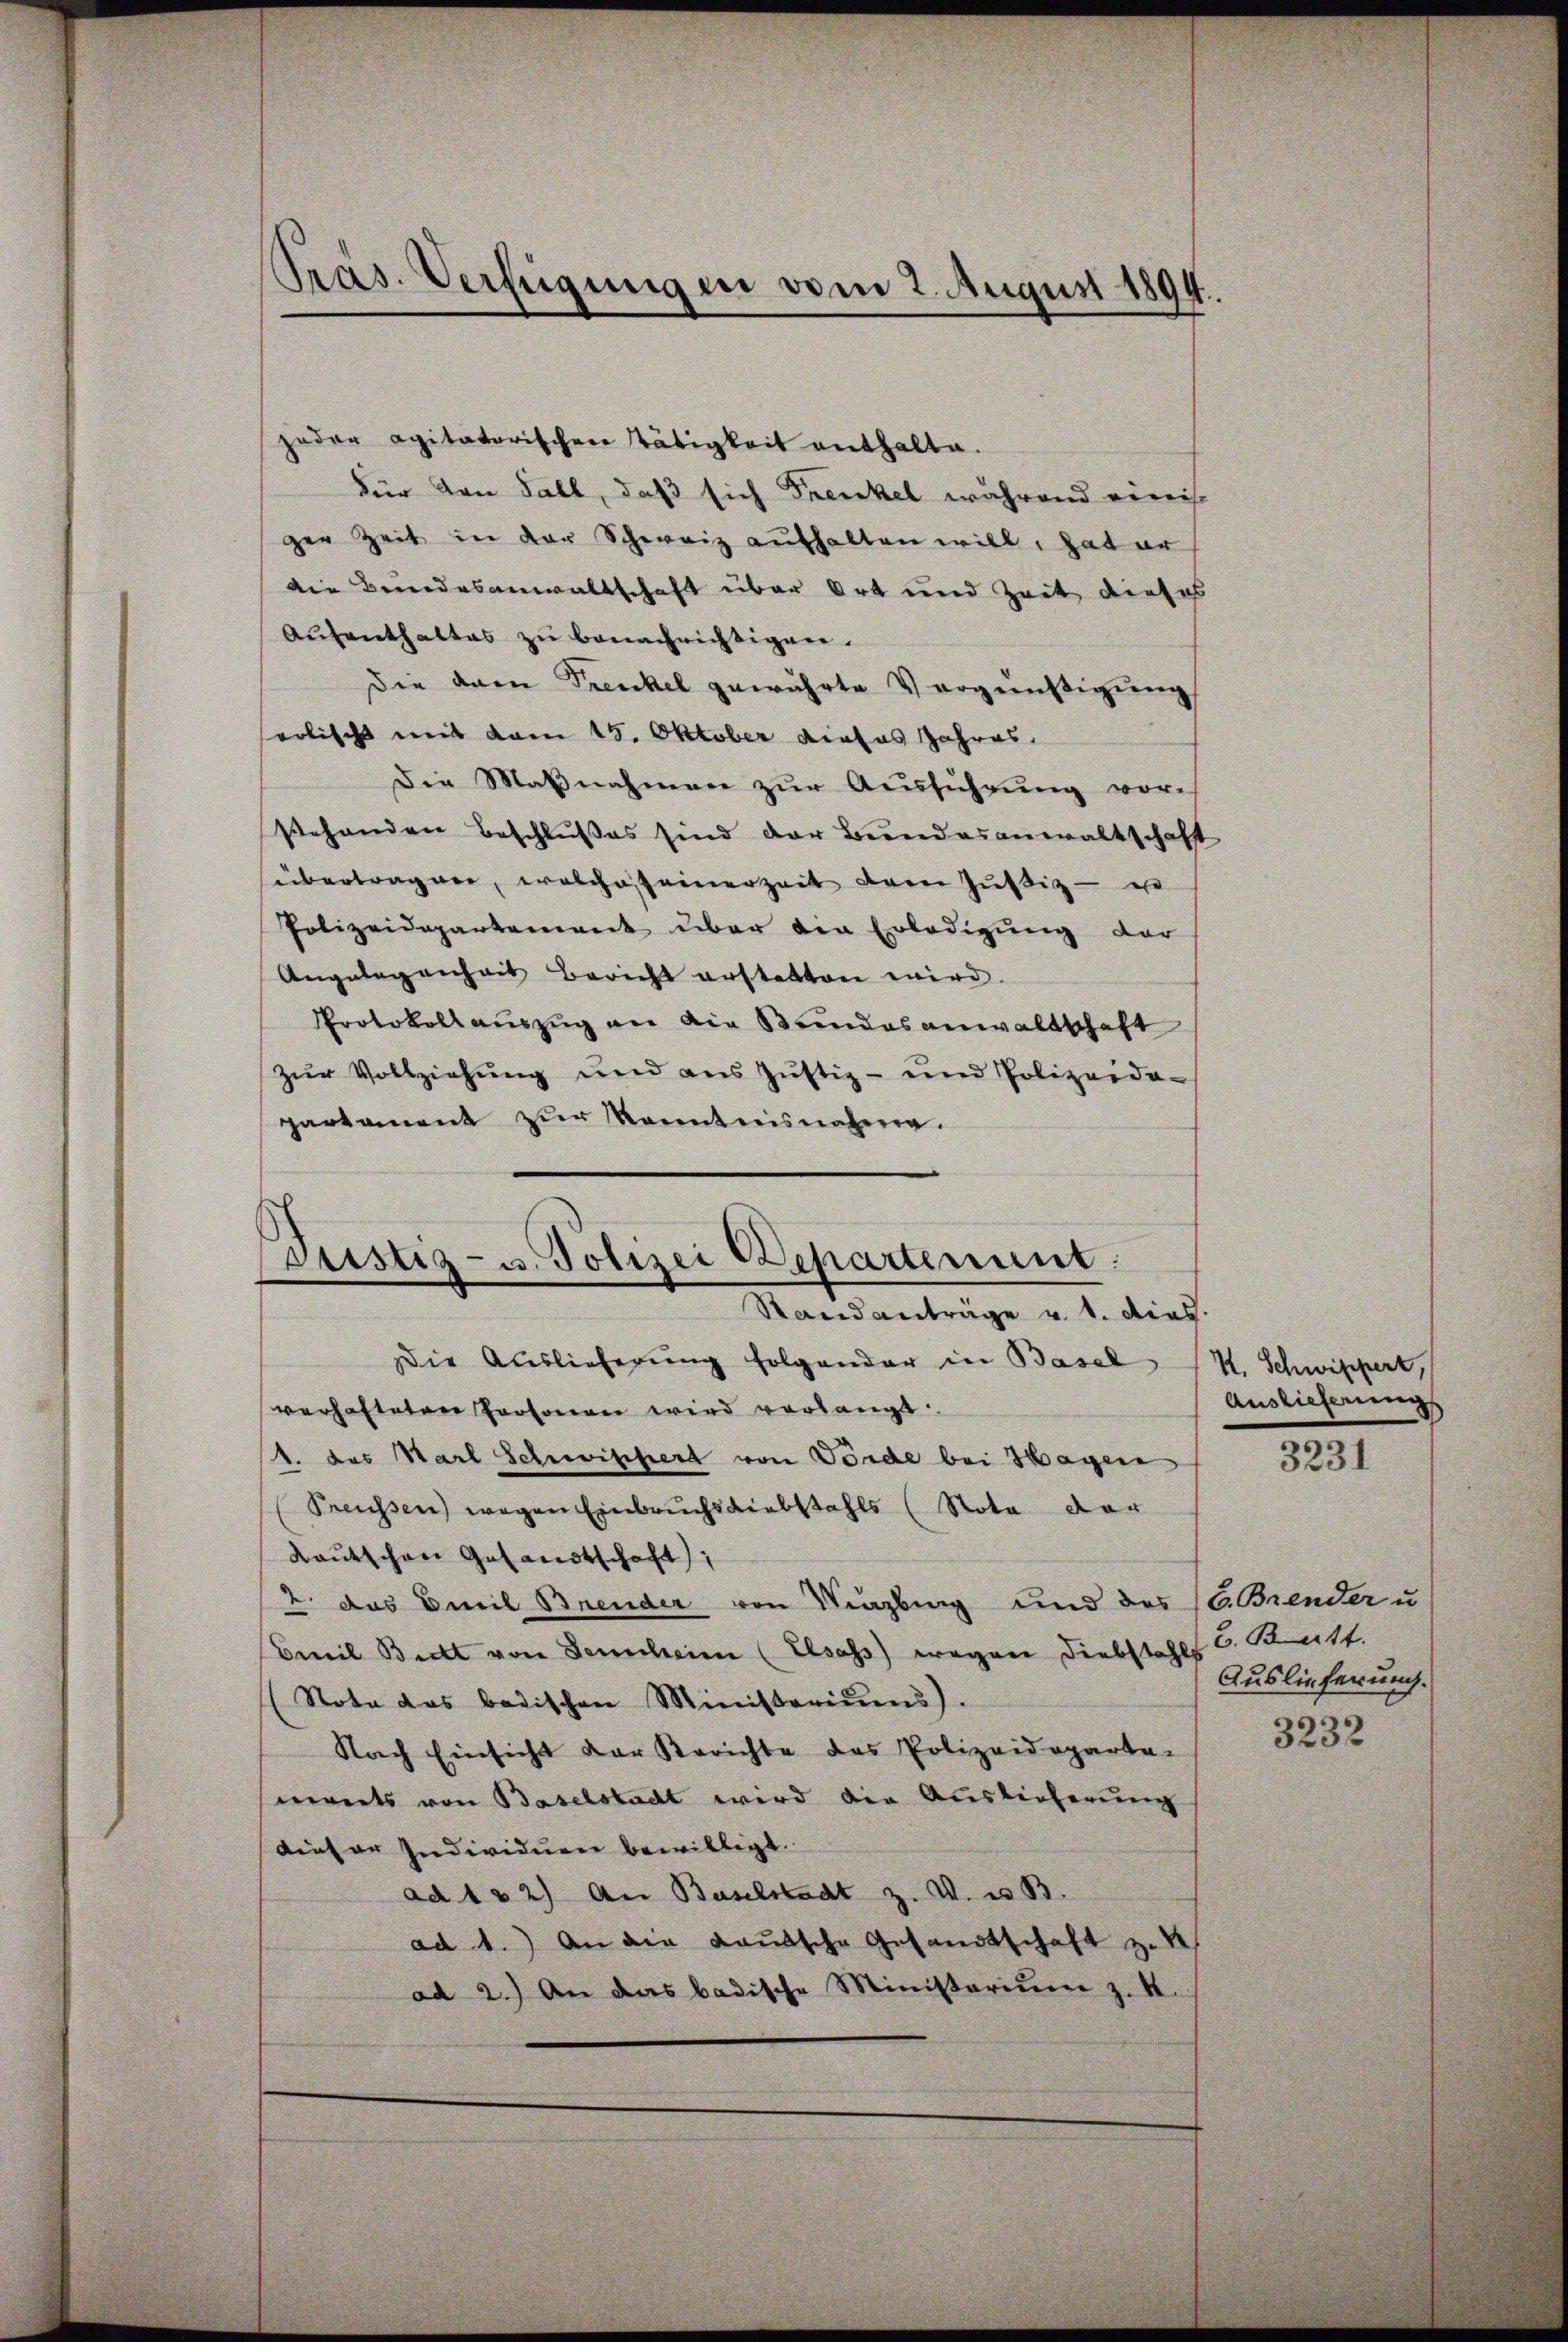
Präs. Verfügungen vom 2. August 1894.

jeder agitatorischen Tätigkeit enthalte.
Für von Fall, daß sich Frenkel während einist
ger Zeit in der Schweiz aufhalten will. Hat er
die Bundesanwaltschaft über Ort und Zeit dieses
Aŭfenthaltes zŭ benachrichtigen.
Die dann Trenkel gewährte Vergünstigung
eolischt mit dem 15. Oktober dieses Jahres
Die Maβnahmen zŭr Aŭsführŭng vorstehenden Beschlußes sind der Bundesanwaltschaft
übertragen, welche seinerzeit der Justiz- u
Polizeidepartement über die Erledigung der
Angelegenheit Bericht erstatten wird.
Protokoll aŭszŭg an die Bundesanwaltschaft
zur Vollziehung und aus Justiz- und Polizeida-
partament zŭr Kenntnisnahme.

Justiz- u. Polizei Departement.
Standanträge v. 1. dies.

Die Auslieferung folgender in Basel (H. Schwippert,
verhafteten Personen wird verlangt.
1. das Harl Schwistert von Förde bei Hagen
Preussen) wegen Einbruchsdiebstahls (Nota der
Kautschen Gesandtschaft;
2. das Emil Brender von Kinzling und des 16. Brender u
Emil Bicht von denschein (Elsass wegen Diebstahls C. Knitt.
Nota das badischen Ministoriŭms.
Nach Einsicht der Berichte des Polizeideparte. 3232
ments von Baselstadt wird die Auslieferung
dieser Individuen bewilligt.
ad 132) An Baselstadt z. V. u. B.
ad 1.) An die Kautsche Gesandtschaft zu
ad 2.) An das badische Ministerium z. B.

Auslieferung

3231

Auslieferung.